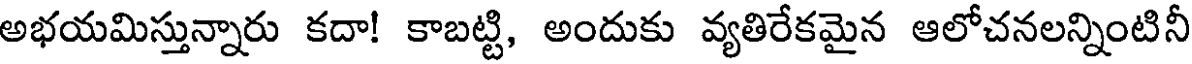
అభయమిస్తున్నారు కదా! కాబట్టి, అందుకు వ్యతిరేకమైన ఆలోచనలన్నింటినీ